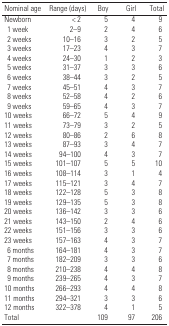
<table><thead><tr><td><b>Nominal age</b></td><td><b>Range (days)</b></td><td><b>Boy</b></td><td><b>Girl</b></td><td><b>Total</b></td></tr></thead><tbody><tr><td>Newborn</td><td>&lt; 2</td><td>5</td><td>4</td><td>9</td></tr><tr><td>1 week</td><td>2–9</td><td>2</td><td>4</td><td>6</td></tr><tr><td>2 weeks</td><td>10–16</td><td>3</td><td>2</td><td>5</td></tr><tr><td>3 weeks</td><td>17–23</td><td>4</td><td>3</td><td>7</td></tr><tr><td>4 weeks</td><td>24–30</td><td>1</td><td>2</td><td>3</td></tr><tr><td>5 weeks</td><td>31–37</td><td>3</td><td>3</td><td>6</td></tr><tr><td>6 weeks</td><td>38–44</td><td>3</td><td>2</td><td>5</td></tr><tr><td>7 weeks</td><td>45–51</td><td>4</td><td>3</td><td>7</td></tr><tr><td>8 weeks</td><td>52–58</td><td>4</td><td>2</td><td>6</td></tr><tr><td>9 weeks</td><td>59–65</td><td>4</td><td>3</td><td>7</td></tr><tr><td>10 weeks</td><td>66–72</td><td>5</td><td>4</td><td>9</td></tr><tr><td>11 weeks</td><td>73–79</td><td>3</td><td>2</td><td>5</td></tr><tr><td>12 weeks</td><td>80–86</td><td>2</td><td>6</td><td>8</td></tr><tr><td>13 weeks</td><td>87–93</td><td>3</td><td>4</td><td>7</td></tr><tr><td>14 weeks</td><td>94–100</td><td>4</td><td>3</td><td>7</td></tr><tr><td>15 weeks</td><td>101–107</td><td>5</td><td>5</td><td>10</td></tr><tr><td>16 weeks</td><td>108–114</td><td>3</td><td>1</td><td>4</td></tr><tr><td>17 weeks</td><td>115–121</td><td>3</td><td>4</td><td>7</td></tr><tr><td>18 weeks</td><td>122–128</td><td>5</td><td>3</td><td>8</td></tr><tr><td>19 weeks</td><td>129–135</td><td>5</td><td>3</td><td>8</td></tr><tr><td>20 weeks</td><td>136–142</td><td>3</td><td>3</td><td>6</td></tr><tr><td>21 weeks</td><td>143–150</td><td>2</td><td>4</td><td>6</td></tr><tr><td>22 weeks</td><td>151–156</td><td>3</td><td>3</td><td>6</td></tr><tr><td>23 weeks</td><td>157–163</td><td>4</td><td>3</td><td>7</td></tr><tr><td>6 months</td><td>164–181</td><td>4</td><td>3</td><td>7</td></tr><tr><td>7 months</td><td>182–209</td><td>3</td><td>3</td><td>6</td></tr><tr><td>8 months</td><td>210–238</td><td>4</td><td>4</td><td>8</td></tr><tr><td>9 months</td><td>239–265</td><td>4</td><td>3</td><td>7</td></tr><tr><td>10 months</td><td>266–293</td><td>4</td><td>4</td><td>8</td></tr><tr><td>11 months</td><td>294–321</td><td>3</td><td>3</td><td>6</td></tr><tr><td>12 months</td><td>322–378</td><td>4</td><td>1</td><td>5</td></tr><tr><td>Total</td><td></td><td>109</td><td>97</td><td>206</td></tr></tbody></table>